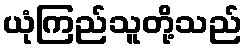
ယုံကြည်သူတို့သည်